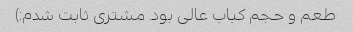
طعم و حجم کباب عالی بود. مشتری ثابت شدم:)